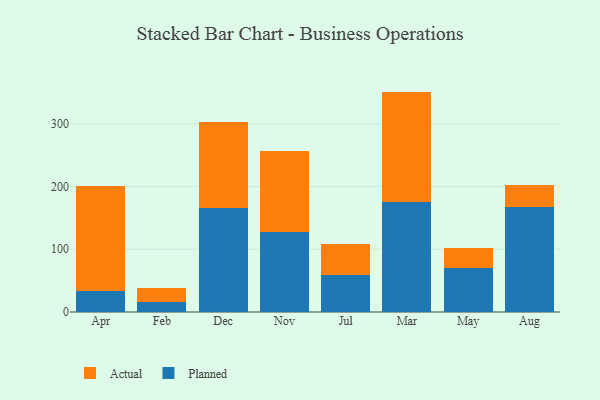
{"axis": {"x": "Month", "y": "Website Visitors"}, "legend": ["Actual", "Planned"], "data": [{"x": "Apr", "y": 33.6, "type": "Planned"}, {"x": "Apr", "y": 167.7, "type": "Actual"}, {"x": "Feb", "y": 15.9, "type": "Planned"}, {"x": "Feb", "y": 22.6, "type": "Actual"}, {"x": "Dec", "y": 165.1, "type": "Planned"}, {"x": "Dec", "y": 137.0, "type": "Actual"}, {"x": "Nov", "y": 127.1, "type": "Planned"}, {"x": "Nov", "y": 129.2, "type": "Actual"}, {"x": "Jul", "y": 59.5, "type": "Planned"}, {"x": "Jul", "y": 48.3, "type": "Actual"}, {"x": "Mar", "y": 175.0, "type": "Planned"}, {"x": "Mar", "y": 176.3, "type": "Actual"}, {"x": "May", "y": 70.4, "type": "Planned"}, {"x": "May", "y": 32.0, "type": "Actual"}, {"x": "Aug", "y": 167.9, "type": "Planned"}, {"x": "Aug", "y": 34.0, "type": "Actual"}]}